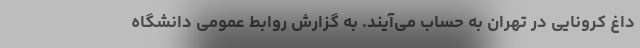
داغ کرونایی در تهران به حساب می‌آیند. به گزارش روابط عمومی دانشگاه